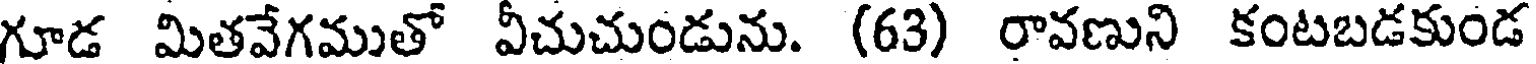
గూడ మితవేగముతో వీచుచుండును. (63) రావణుని కంటబడకుండ